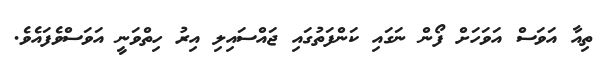
ތިއާ އަވަސް އަވަހަށް ފޯން ނަގައި ކަންފަތުގައި ޖައްސައިލި އިރު ހިތްވަނީ އަވަސްވެފައެވެ.